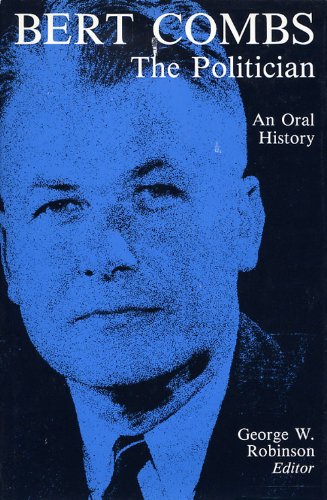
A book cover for Bert Combs The Politician: An Oral History (Kentucky Remembered); George Robinson; Biographies & Memoirs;